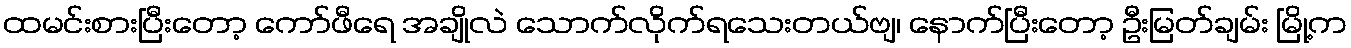
ထမင်းစားပြီးတော့ ကော်ဖီရေ အချိုလဲ သောက်လိုက်ရသေးတယ်ဗျ၊ နောက်ပြီးတော့ ဦးမြတ်ချမ်း မြို့က